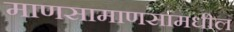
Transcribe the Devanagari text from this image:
माणसामाणसांमधील